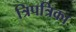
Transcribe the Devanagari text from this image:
त्रिपत्रिका